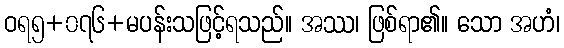
ဝရ၅+၀၇၆+မပန်းသဖြင့်ရသည်။ အဿ၊ ဖြစ်ရာ၏။ သော အဟံ၊